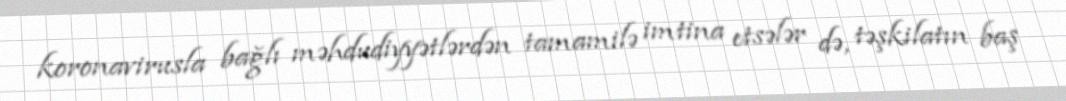
koronavirusla bağlı məhdudiyyətlərdən tamamilə imtina etsələr də, təşkilatın baş